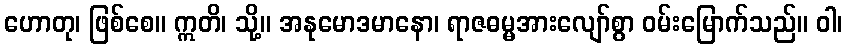
ဟောတု၊ ဖြစ်စေ။ ဣတိ၊ သို့။ အနုမောဒမာနော၊ ရာဇဓမ္မအားလျော်စွာ ဝမ်းမြောက်သည်။ ဝါ၊